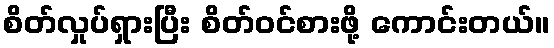
စိတ်လှုပ်ရှားပြီး စိတ်ဝင်စားဖို့ ကောင်းတယ်။